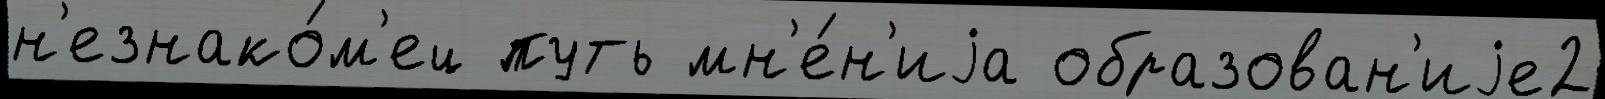
н'езнако́м'ец путь мн'е́н'иjа образован'иjе2